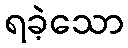
ရခဲ့သော